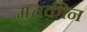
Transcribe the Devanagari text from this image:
मुत्तक़ीन